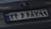
۲۴د۶۸۷۹۹